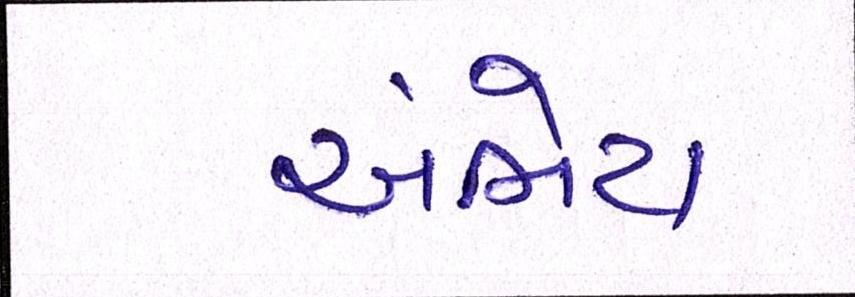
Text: અંભેટા